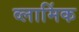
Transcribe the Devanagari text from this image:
व्लामिंक